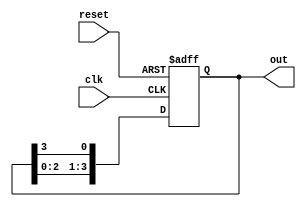
module ring_counter #(
    parameter N = 4  // Number of memory blocks (states)
)(
    input wire clk,          // Clock signal
    input wire reset,        // Reset signal
    output reg [N-1:0] out   // Output of the ring counter
);

    // Internal variable to hold the current state
    reg [N-1:0] state;

    // Always block triggered on clock edge
    always @(posedge clk or posedge reset) begin
        if (reset) begin
            // Initialize the state on reset
            state <= 1'b1; // Set the first memory block to '1'
        end else begin
            // Shift the '1' to the next memory block
            state <= {state[N-2:0], state[N-1]}; // Circular shift
        end
    end

    // Assign the current state to the output
    always @(*) begin
        out = state;
    end

endmodule